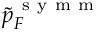
\tilde { p } _ { F } ^ { \mathrm { ~ s ~ y ~ m ~ m ~ } }